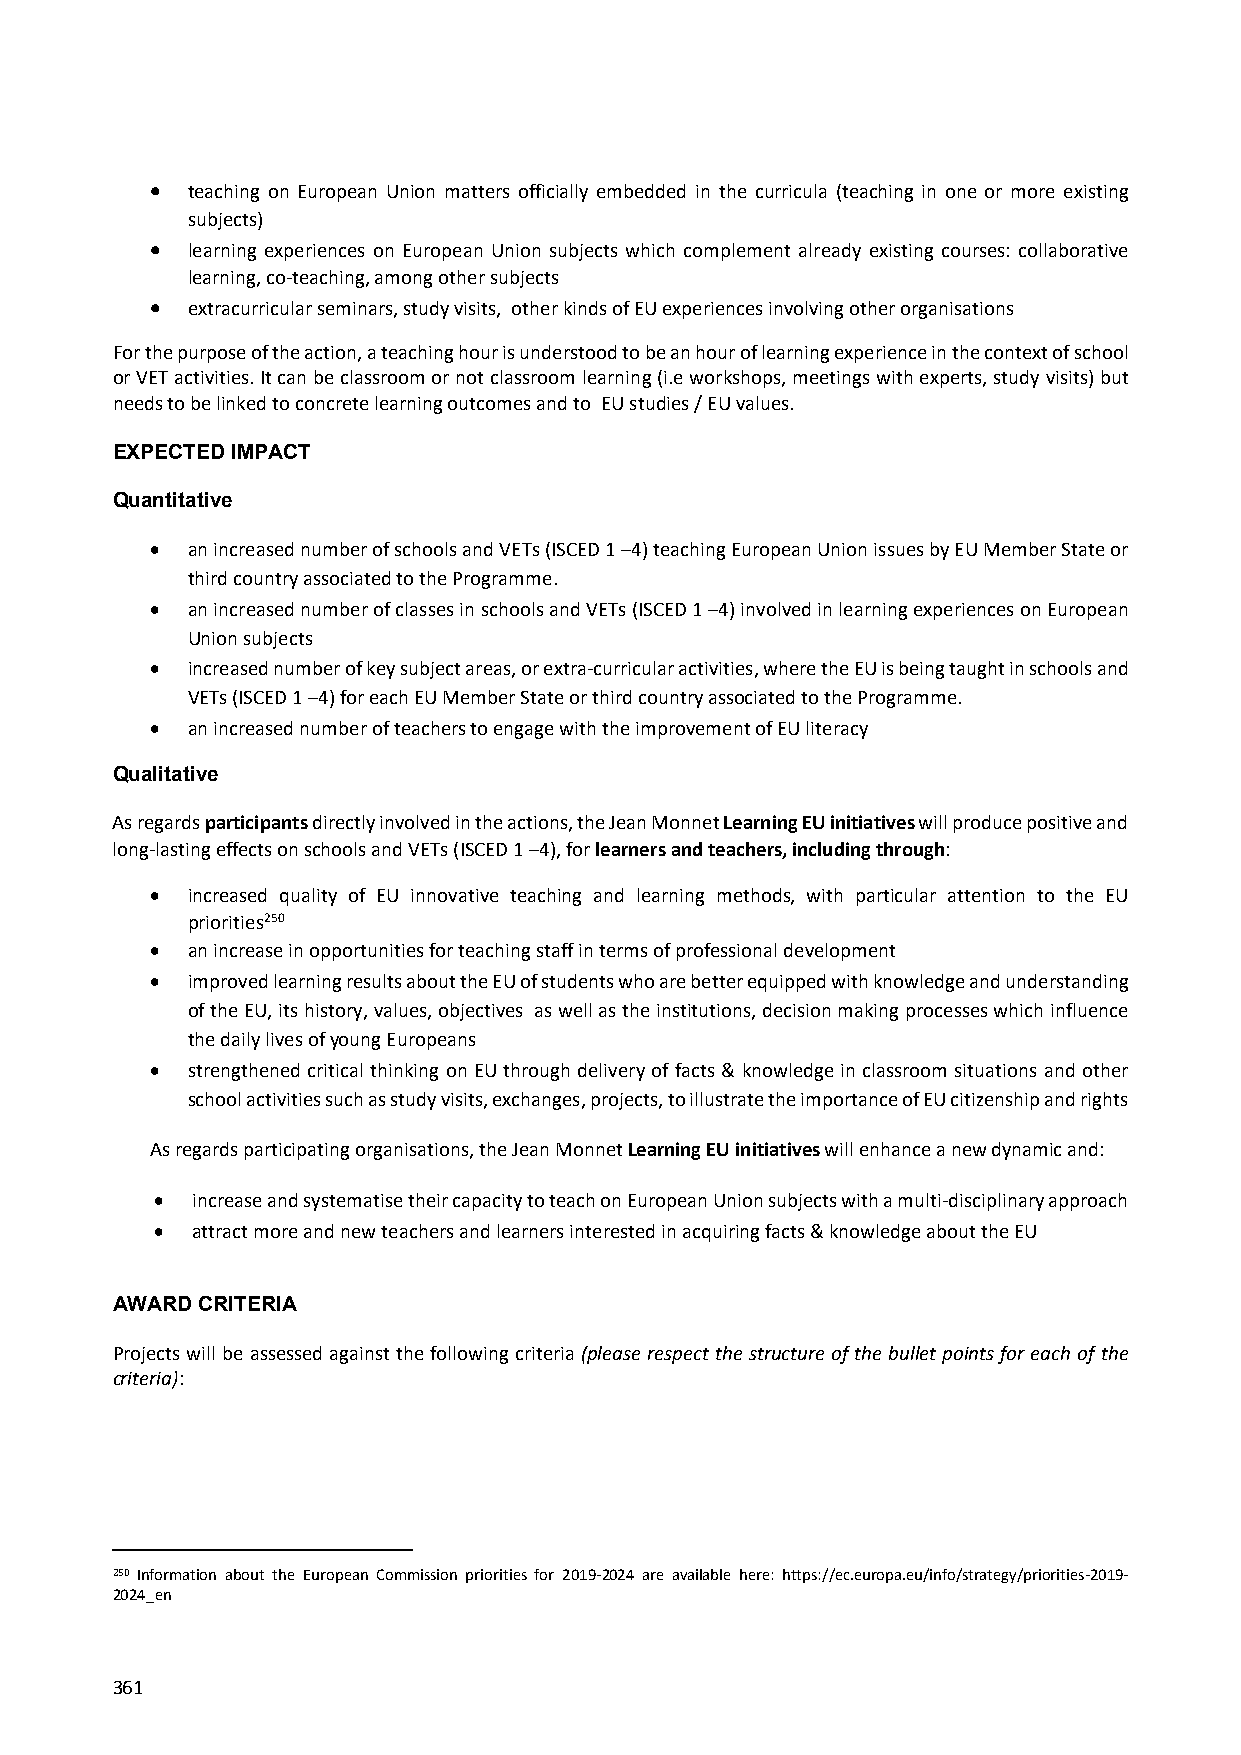
 teaching on European Union matters officially embedded in the curricula (teaching in one or more existing
 subjects)
  learning experiences on European Union subjects which complement already existing courses: collaborative
 learning, co‐teaching, among other subjects
  extracurricular seminars, study visits, other kinds of EU experiences involving other organisations
 For the purpose of the action, a teaching hour is understood to be an hour of learning experience in the context of school
 or VET activities. It can be classroom or not classroom learning (i.e workshops, meetings with experts, study visits) but
 needs to be linked to concrete learning outcomes and to EU studies / EU values.
 EXPECTED IMPACT
 Quantitative
  an increased number of schools and VETs (ISCED 1 –4) teaching European Union issues by EU Member State or
 third country associated to the Programme.
  an increased number of classes in schools and VETs (ISCED 1 –4) involved in learning experiences on European
 Union subjects
  increased number of key subject areas, or extra‐curricular activities, where the EU is being taught in schools and
 VETs (ISCED 1 –4) for each EU Member State or third country associated to the Programme.
  an increased number of teachers to engage with the improvement of EU literacy
 Qualitative
 As regards participants directly involved in the actions, the Jean Monnet Learning EU initiatives will produce positive and
 long‐lasting effects on schools and VETs (ISCED 1 –4), for learners and teachers, including through:
  increased quality of EU innovative teaching and learning methods, with particular attention to the EU
 priorities250
  an increase in opportunities for teaching staff in terms of professional development
  improved learning results about the EU of students who are better equipped with knowledge and understanding
 of the EU, its history, values, objectives as well as the institutions, decision making processes which influence
 the daily lives of young Europeans
  strengthened critical thinking on EU through delivery of facts & knowledge in classroom situations and other
 school activities such as study visits, exchanges, projects, to illustrate the importance of EU citizenship and rights
 As regards participating organisations, the Jean Monnet Learning EU initiatives will enhance a new dynamic and:
   increase and systematise their capacity to teach on European Union subjects with a multi‐disciplinary approach
   attract more and new teachers and learners interested in acquiring facts & knowledge about the EU
 AWARD CRITERIA
 Projects will be assessed against the following criteria (please respect the structure of the bullet points for each of the
 criteria):
 250 Information about the European Commission priorities for 2019‐2024 are available here: https://ec.europa.eu/info/strategy/priorities‐2019‐
 2024_en
 361